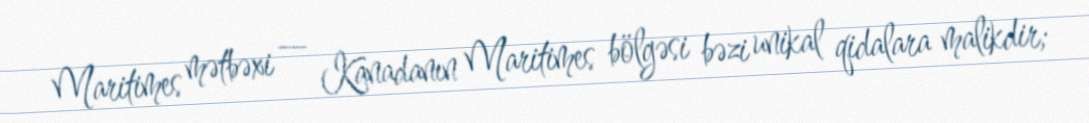
Maritimes mətbəxi — Kanadanın Maritimes bölgəsi bəzi unikal qidalara malikdir;